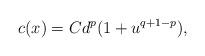
LaTeX: \begin{align*}c(x)=Cd^p(1+u^{q+1-p}),\end{align*}